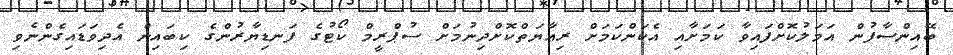
ބޭއިންސާފުން އަމަލުކޮށްފައިވާ ކަަމަށާއި އެކަންކަމަށް ރިއާޔަތްކޮށްދިނުމަށް ސުޕްރީމް ކޯޓުގެ ފަނޑިޔާރުންގެ ކިބައިން އެދިވަޑައިގެންނެވި